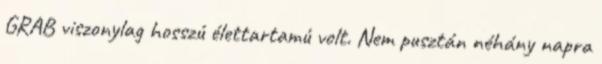
GRAB viszonylag hosszú élettartamú volt. Nem pusztán néhány napra